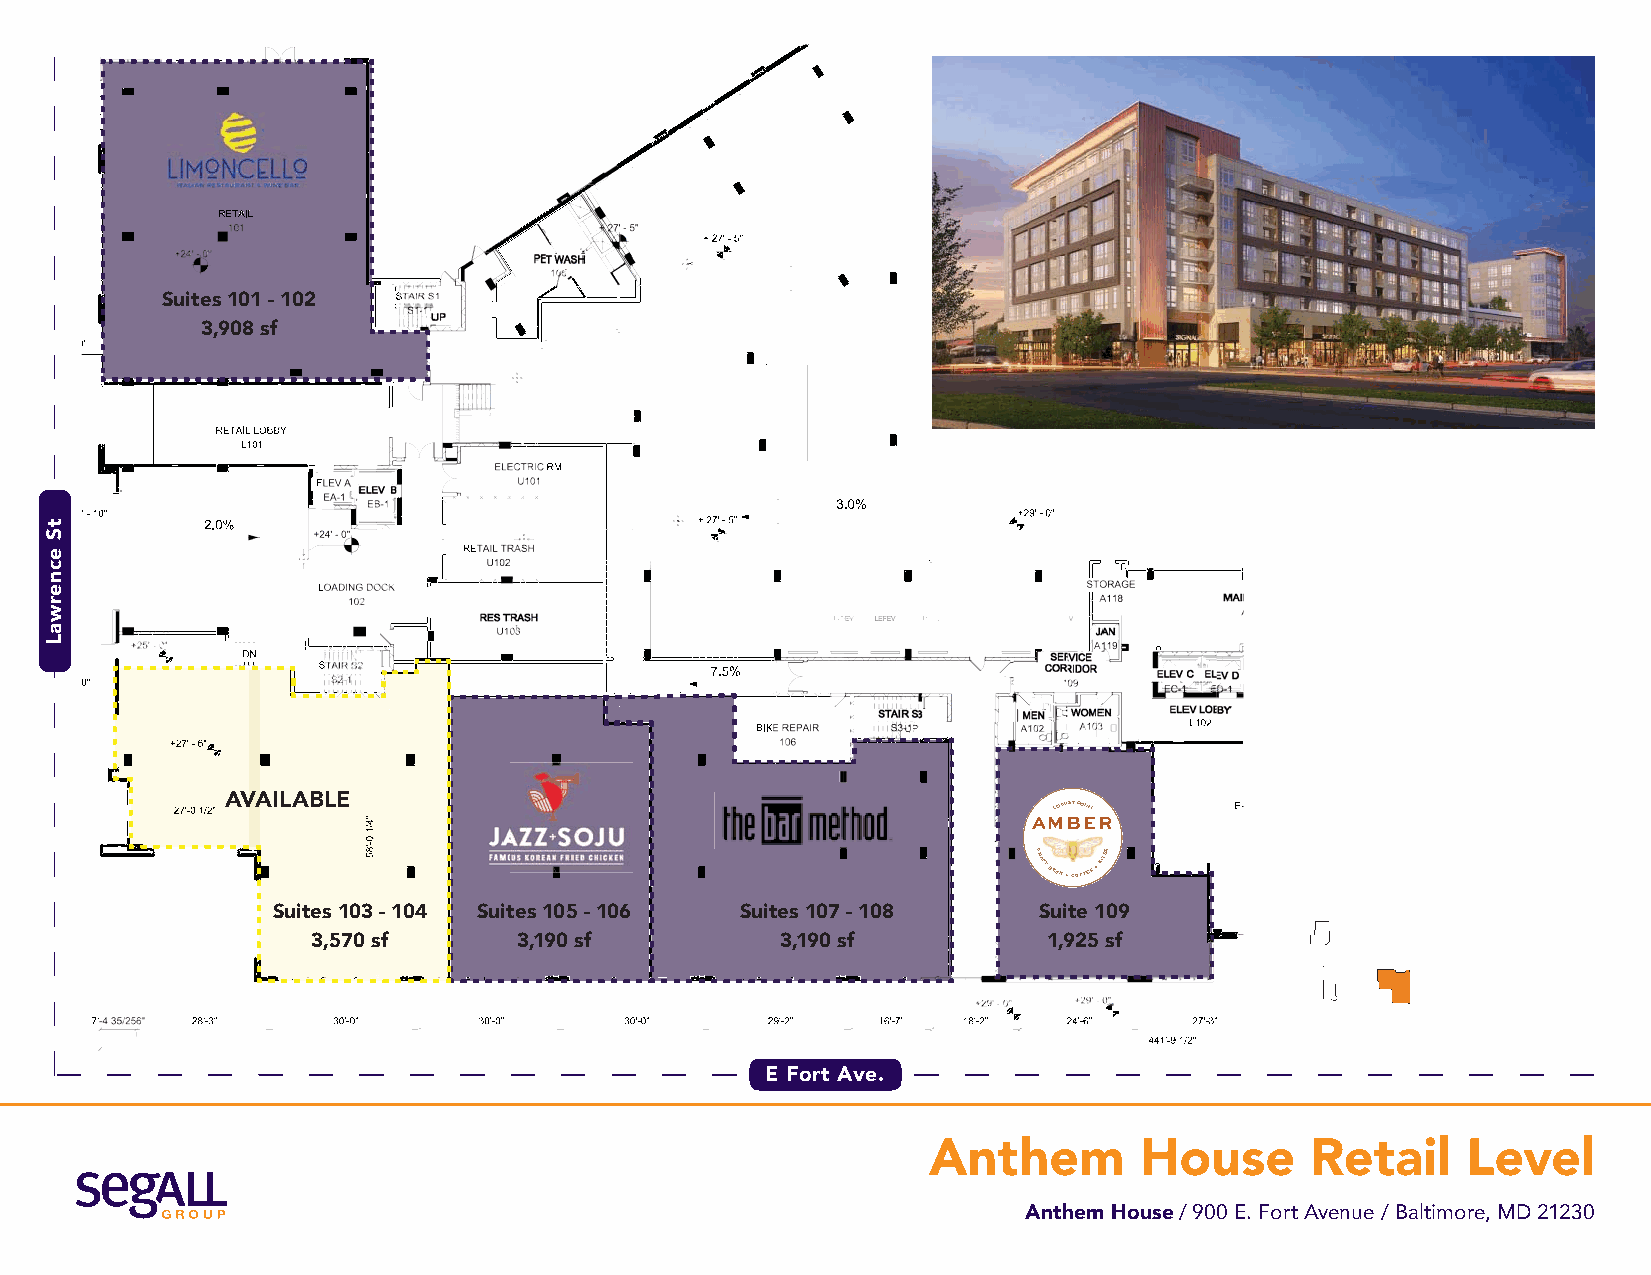
Suites 101 - 102
 3,908 sf
 AVAILABLE
 AMLOCU BST PO EINTR
 CRAFT
 BEER + COFFEE +
 BITES
 Suites 103 - 104 Suites 105 - 106 Suites 107 - 108 Suite 109
 3,570 sf     3,190 sf          3,190 sf         1,925 sf
 E Fort Ave.
 Anthem        House       Retail    Level
 Anthem House / 900 E. Fort Avenue / Baltimore, MD 21230
 tS
 ecnerwaL